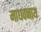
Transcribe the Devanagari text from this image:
माधवनाथ